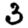
Digit: 3